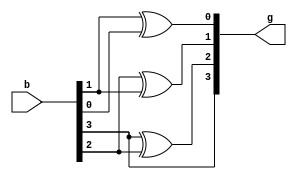
module bin_gray_gate(
input [3:0] b,
output [3:0] g
    );
    
    wire [3:0] x;
assign x[3]=b[3];
xor (x[2], b[3], b[2]);
xor (x[1], b[2], b[1]);
xor (x[0], b[1], b[0]);

//assign x[2] = b[3] ^ b[2];
//assign x[1] = b[2] ^ b[1];
//assign x[0] = b[1] ^ b[0];

assign g = x;
endmodule